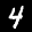
Label: 4